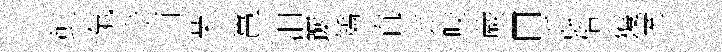
虹氣步酉荣邕汨蹰矯直埓咬蕨口泒偕獲南